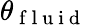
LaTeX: \theta_{\mathrm{~f~l~u~i~d~}}